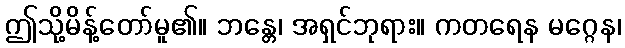
ဤသို့မိန့်တော်မူ၏။ ဘန္တေ၊ အရှင်ဘုရား။ ကတရေန မဂ္ဂေန၊